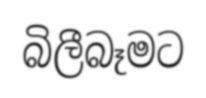
බිලීබෑමට